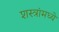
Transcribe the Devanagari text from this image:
शस्त्रांमध्ये